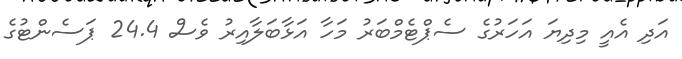
އަދި އެއީ މިދިޔަ އަހަރުގެ ސެޕްޓެމްބަރު މަހާ އަޅާބަލާއިރު ވެސް 24.4 ޕަސެންޓުގެ